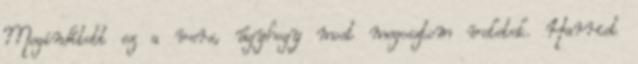
Megindított ez a vers, úgyhogy most megosztom veletek. Harriet